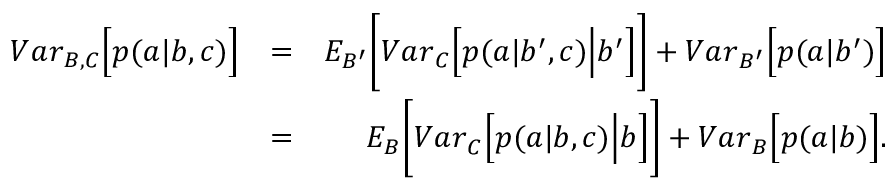
\begin{array} { r l r } { { V a r } _ { B , C } \Big [ p ( a | b , c ) \Big ] } & { = } & { { E } _ { B ^ { \prime } } \Bigg [ { V a r } _ { C } \Big [ p ( a | b ^ { \prime } , c ) \Big | b ^ { \prime } \Big ] \Bigg ] + { V a r } _ { B ^ { \prime } } \Big [ p ( a | b ^ { \prime } ) \Big ] } \\ & { = } & { { E } _ { B } \Bigg [ { V a r } _ { C } \Big [ p ( a | b , c ) \Big | b \Big ] \Bigg ] + { V a r } _ { B } \Big [ p ( a | b ) \Big ] . } \end{array}